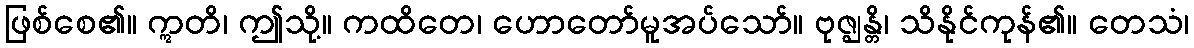
ဖြစ်စေ၏။ ဣတိ၊ ဤသို့။ ကထိတေ၊ ဟောတော်မူအပ်သော်။ ဗုဇ္ဈန္တိ၊ သိနိုင်ကုန်၏။ တေသံ၊